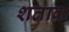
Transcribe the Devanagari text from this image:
शताक